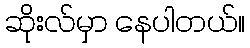
ဆိုးလ်မှာ နေပါတယ်။